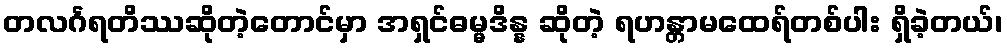
တလင်္ဂရတိဿဆိုတဲ့တောင်မှာ အရှင်ဓမ္မဒိန္န ဆိုတဲ့ ရဟန္တာမထေရ်တစ်ပါး ရှိခဲ့တယ်၊